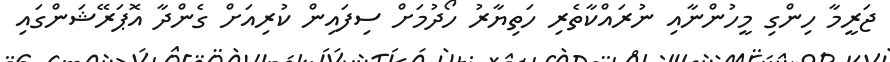
ޖަރީމާ ހިންގި މީހުންނާއި ނުރައްކާތެރި ހަތިޔާރު ހޯދުމަށް ސިފައިން ކުރިއަށް ގެންދާ އޮޕަރޭޝަންގައި